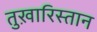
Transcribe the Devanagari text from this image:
तुख़ारिस्तान